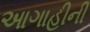
આગાહીની